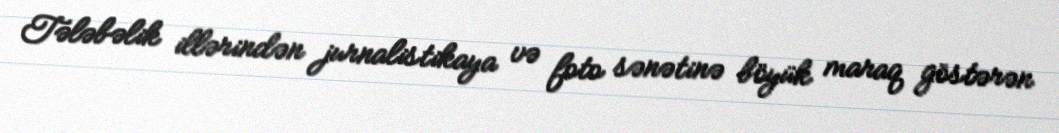
Tələbəlik illərindən jurnalistikaya və foto sənətinə böyük maraq göstərən